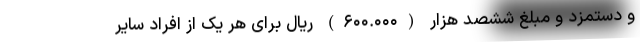
و دستمزد و مبلغ ششصد هزار (۶۰۰.۰۰۰) ریال برای هر یک از افراد سایر